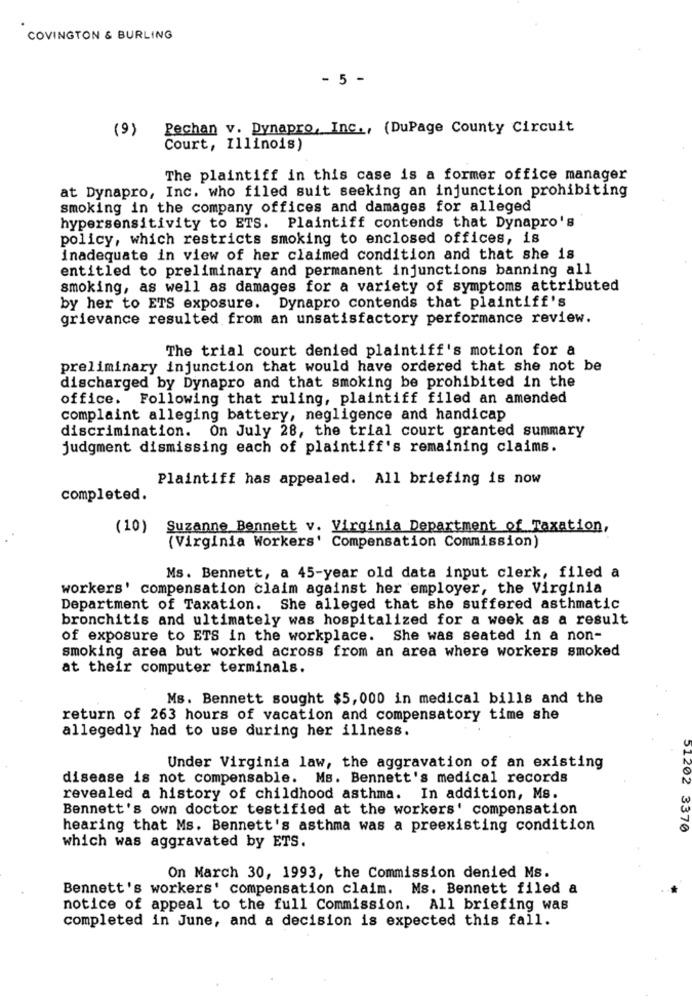
COVINGTON & BURLING
- 5 -
(9)
Pechan v. Dynapro, Inc ., (DuPage County Circuit
Court, Illinois)
The plaintiff in this case is a former office manager
at Dynapro, Inc. who filed suit seeking an injunction prohibiting
smoking in the company offices and damages for alleged
hypersensitivity to ETS. Plaintiff contends that Dynapro's
policy, which restricts smoking to enclosed offices, is
inadequate in view of her claimed condition and that she is
entitled to preliminary and permanent injunctions banning all
smoking, as well as damages for a variety of symptoms attributed
by her to ETS exposure. Dynapro contends that plaintiff's
grievance resulted from an unsatisfactory performance review.
The trial court denied plaintiff's motion for a
preliminary injunction that would have ordered that she not be
discharged by Dynapro and that smoking be prohibited in the
office. Following that ruling, plaintiff filed an amended
complaint alleging battery, negligence and handicap
discrimination. On July 28, the trial court granted summary
judgment dismissing each of plaintiff's remaining claims.
Plaintiff has appealed. All briefing is now
completed.
(10)
Suzanne Bennett v. Virginia Department of Taxation,
(Virginia Workers' Compensation Commission)
Ms. Bennett, a 45-year old data input clerk, filed a
workers' compensation claim against her employer, the Virginia
Department of Taxation. She alleged that she suffered asthmatic
bronchitis and ultimately was hospitalized for a week as a result
of exposure to ETS in the workplace. She was seated in a non-
smoking area but worked across from an area where workers smoked
at their computer terminals.
Ms. Bennett sought $5,000 in medical bills and the
return of 263 hours of vacation and compensatory time she
allegedly had to use during her illness.
Under Virginia law, the aggravation of an existing
disease is not compensable. Ms. Bennett's medical records
51202
revealed a history of childhood asthma. In addition, Ms.
Bennett's own doctor testified at the workers' compensation
hearing that Ms. Bennett's asthma was a preexisting condition
3370
which was aggravated by ETS.
On March 30, 1993, the Commission denied Ms.
Bennett's workers' compensation claim. Ms. Bennett filed a
notice of appeal to the full Commission. All briefing was
completed in June, and a decision is expected this fall.